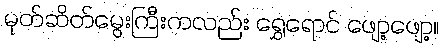
မုတ်ဆိတ်မွေးကြီးကလည်း ရွှေရောင် ဖျော့ဖျော့။